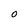
Character: O